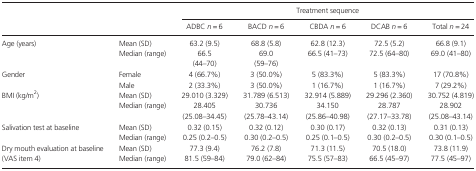
<table><thead><tr><td colspan="2"></td><td colspan="5"><b>Treatment sequence</b></td></tr><tr><td colspan="2"></td><td><b>ADBC <i>n</i> = 6</b></td><td><b>BACD <i>n</i> = 6</b></td><td><b>CBDA <i>n</i> = 6</b></td><td><b>DCAB <i>n</i> = 6</b></td><td><b>Total <i>n</i> = 24</b></td></tr></thead><tbody><tr><td rowspan="2">Age (years)</td><td>Mean (SD)</td><td>63.2 (9.5)</td><td>68.8 (5.8)</td><td>62.8 (12.3)</td><td>72.5 (5.2)</td><td>66.8 (9.1)</td></tr><tr><td>Median (range)</td><td>66.5 (44–70)</td><td>69.0 (59–76)</td><td>66.5 (41–73)</td><td>72.5 (64–80)</td><td>69.0 (41–80)</td></tr><tr><td rowspan="2">Gender</td><td>Female</td><td>4 (66.7%)</td><td>3 (50.0%)</td><td>5 (83.3%)</td><td>5 (83.3%)</td><td>17 (70.8%)</td></tr><tr><td>Male</td><td>2 (33.3%)</td><td>3 (50.0%)</td><td>1 (16.7%)</td><td>1 (16.7%)</td><td>7 (29.2%)</td></tr><tr><td rowspan="2">BMI (kg/m<sup>2</sup>)</td><td>Mean (SD)</td><td>29.010 (3.329)</td><td>31.789 (6.513)</td><td>32.914 (5.889)</td><td>29.296 (2.360)</td><td>30.752 (4.819)</td></tr><tr><td>Median (range)</td><td>28.405 (25.08–34.45)</td><td>30.736 (25.78–43.14)</td><td>34.150 (25.86–40.98)</td><td>28.787 (27.17–33.78)</td><td>28.902 (25.08–43.14)</td></tr><tr><td rowspan="2">Salivation test at baseline</td><td>Mean (SD)</td><td>0.32 (0.15)</td><td>0.32 (0.12)</td><td>0.30 (0.17)</td><td>0.32 (0.13)</td><td>0.31 (0.13)</td></tr><tr><td>Median (range)</td><td>0.25 (0.2–0.5)</td><td>0.30 (0.2–0.5)</td><td>0.25 (0.1–0.5)</td><td>0.30 (0.2–0.5)</td><td>0.30 (0.1–0.5)</td></tr><tr><td rowspan="2">Dry mouth evaluation at baseline (VAS item 4)</td><td>Mean (SD)</td><td>77.3 (9.4)</td><td>76.2 (7.8)</td><td>71.3 (11.5)</td><td>70.5 (18.0)</td><td>73.8 (11.9)</td></tr><tr><td>Median (range)</td><td>81.5 (59–84)</td><td>79.0 (62–84)</td><td>75.5 (57–83)</td><td>66.5 (45–97)</td><td>77.5 (45–97)</td></tr></tbody></table>